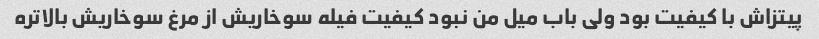
پیتزاش با کیفیت بود ولی باب میل من نبود کیفیت فیله سوخاریش از مرغ سوخاریش بالاتره